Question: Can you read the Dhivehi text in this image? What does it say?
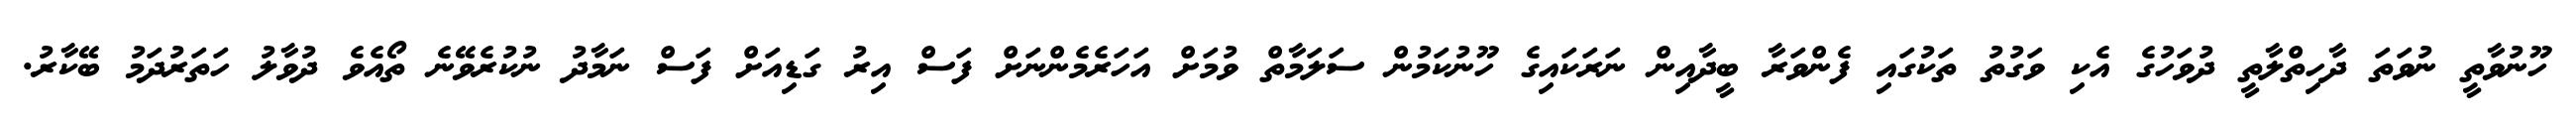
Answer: ހޫނުވާތީ ނުވަތަ ދާހިތްލާތީ ދުވަހުގެ އެކި ވަގުތު ތަކުގައި ފެންވަރާ ބީދާއިން ނަރަކައިގެ ހޫނުކަމުން ސަލަމާތް ވުމަށް އަހަރެމެންނަށް ފަސް އިރު ގަޑިއަށް ފަސް ނަމާދު ނުކުރެވޭނެ ތޯއެވެ ދުވާލު ހަތަރުދަމު ބޭކާރު.